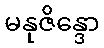
မနုဇိန္ဒော